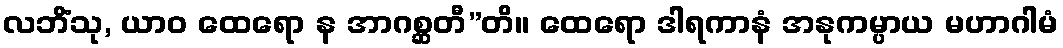
လဘိံသု, ယာဝ ထေရော န အာဂစ္ဆတီ”တိ။ ထေရော ဒါရကာနံ အနုကမ္ပာယ မဟာဂါမံ